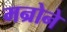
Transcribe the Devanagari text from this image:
मन्रोने